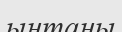
ынтаны